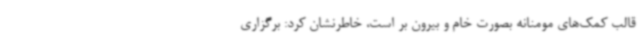
قالب کمک‌های مومنانه بصورت خام و بیرون بر است، خاطرنشان کرد: برگزاری